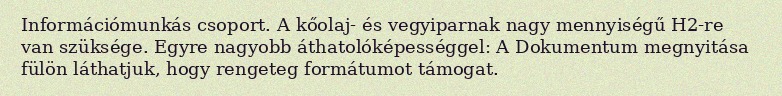
Információmunkás csoport. A kőolaj- és vegyiparnak nagy mennyiségű H2-re van szüksége. Egyre nagyobb áthatolóképességgel: A Dokumentum megnyitása fülön láthatjuk, hogy rengeteg formátumot támogat.